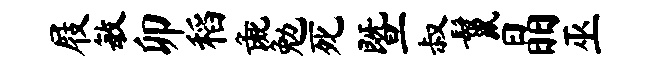
屐敏卯稻彘勉死暨叔鬣晶巫